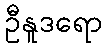
ဦနူဒရော